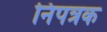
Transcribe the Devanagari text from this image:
निपत्रक